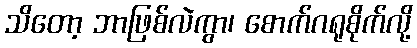
သိတော့ ဘာဖြစ်လဲကွာ၊ စောက်ဂရုစိုက်လို့